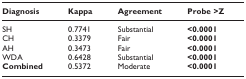
<table><thead><tr><td><b>Diagnosis</b></td><td><b>Kappa</b></td><td><b>Agreement</b></td><td><b>Probe &gt;Z</b></td></tr></thead><tbody><tr><td>SH</td><td>0.7741</td><td>Substantial</td><td><b>&lt;0.0001</b></td></tr><tr><td>CH</td><td>0.3379</td><td>Fair</td><td><b>&lt;0.0001</b></td></tr><tr><td>AH</td><td>0.3473</td><td>Fair</td><td><b>&lt;0.0001</b></td></tr><tr><td>WDA</td><td>0.6428</td><td>Substantial</td><td><b>&lt;0.0001</b></td></tr><tr><td><b>Combined</b></td><td>0.5372</td><td>Moderate</td><td><b>&lt;0.0001</b></td></tr></tbody></table>